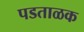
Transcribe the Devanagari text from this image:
पडताळक